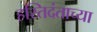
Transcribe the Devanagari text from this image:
हस्तिदंताच्या